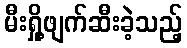
မီးရှို့ဖျက်ဆီးခဲ့သည့်